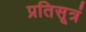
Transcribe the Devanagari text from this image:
प्रतिसूत्रं